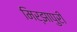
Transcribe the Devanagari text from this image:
मिर्झापुरी